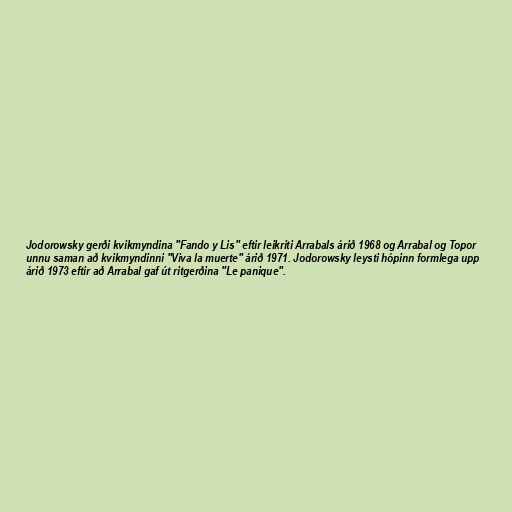
Jodorowsky gerði kvikmyndina "Fando y Lis" eftir leikriti Arrabals árið 1968 og Arrabal og Topor
unnu saman að kvikmyndinni "Viva la muerte" árið 1971. Jodorowsky leysti hópinn formlega upp
árið 1973 eftir að Arrabal gaf út ritgerðina "Le panique".